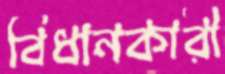
বিধানকারী